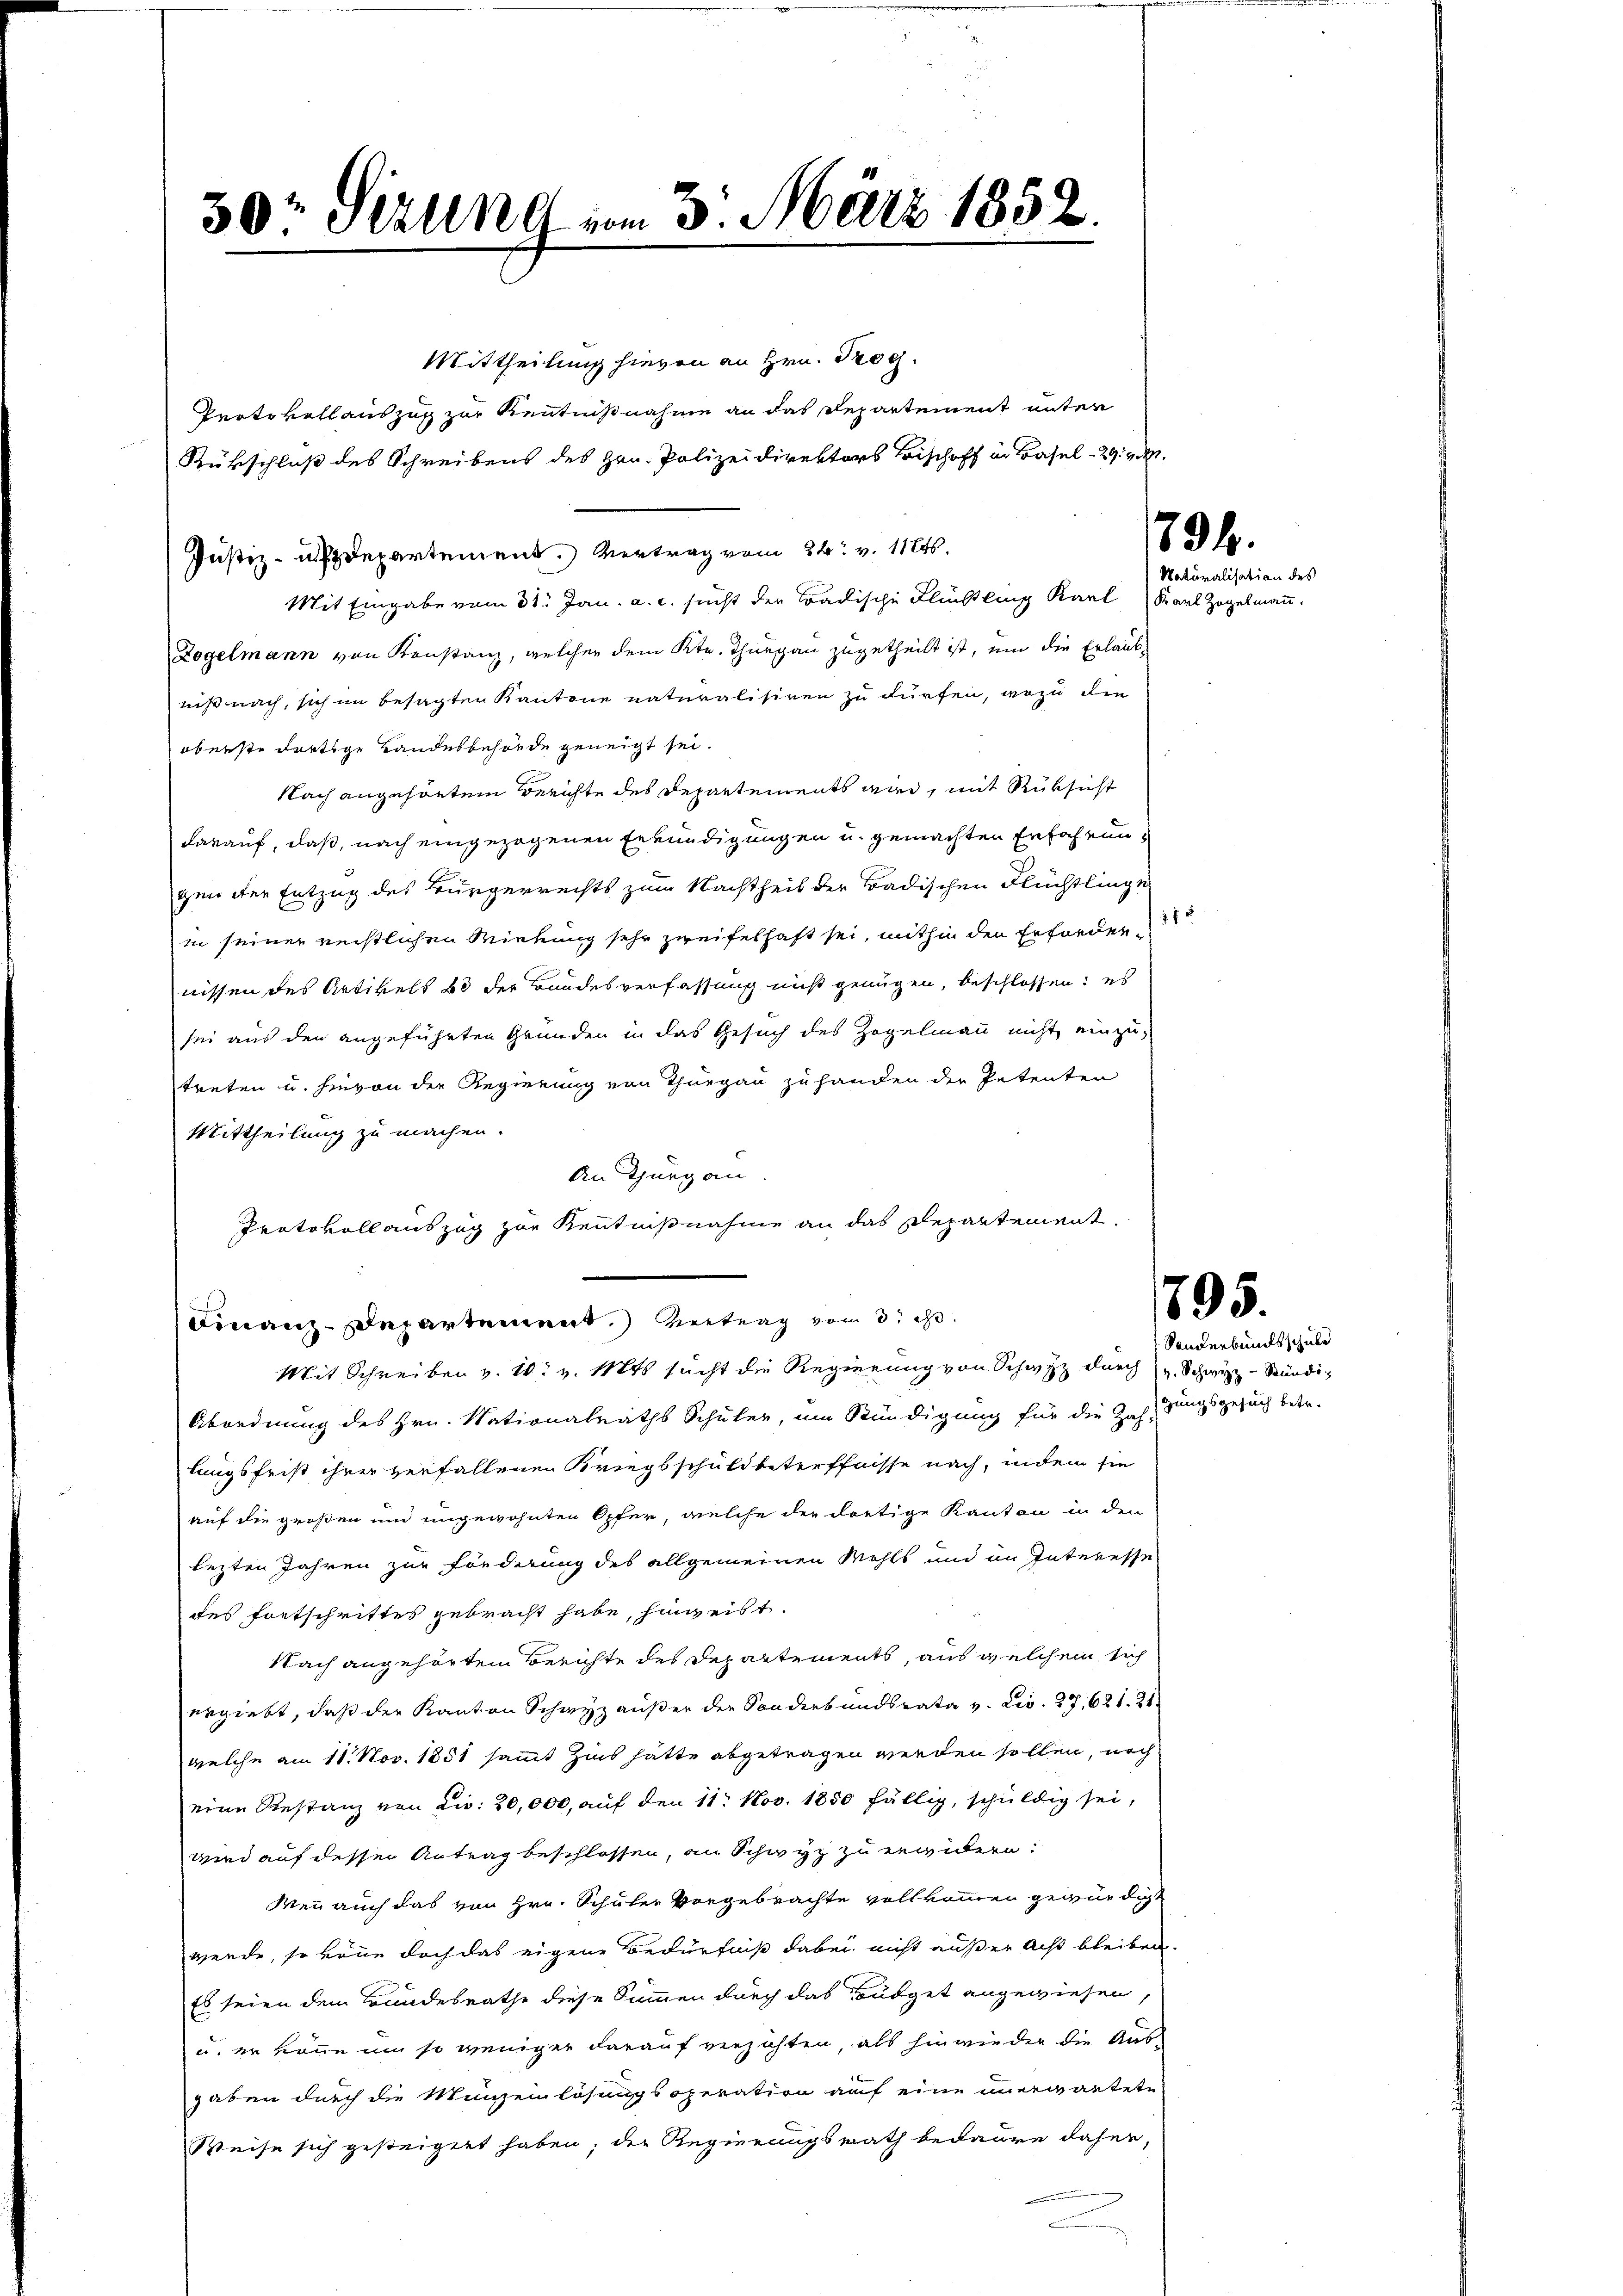
30r Jerung vom 3. März 1852.

Mittheilung hievon an Hrn. Prog
Protokollauszug zur Kenntnißnahme an das Departement unter
Rükschluß des Schreibens des Hrn. Polizeidirektors Bischoff in Basel 29. v. M.
Justiz- undepartement. Vertrag vom 24. v. 11246.
Mit Eingabe vom 31. Jan. a. c. sucht der Badische Flüchtling Karl
Zogelmann von Konstanz, welcher dem Kt. Thurgau zugetheilt ist, um die Erlaubniß nach, sich im besagten Kantone naturalisiren zu dürfen, wozu die
oberste dortige Landesbehörde geneigt sei.
Nach angehörtem Berichte des Departements wird, mit Rüksicht
darauf, daß, nach eingezogenen Erkundigungen u. gemachten Erfahrungen der Entzug des Bürgerrechts zum Nachtheil der Badischen Flüchtlinge
in seiner rechtlichen Wirkung sehr zweifelhaft sei, mithin den Erforder
nissen des Artikels 60 der Bundesverfassung nicht genügen, beschlossen: es
sei aus den angeführten Gründen in das Gesuch des Zogelmann nicht einzutreten u. hievon der Regierung von Thurgau zu handen der Petenten
Mittheilung zu machen.
An Thurg an
Protokoll auszug zur Kenntnißnahme an das Departement,
Finanz-Departement. Vertrag vom 3. d.
Mit Schreiben v. 10. v. Mts. sucht die Regierung von Schwyz durch v. Schwyz-Stündig
Abordnung des Hrn. Nationalraths Schüler, um Stündigung für die Zah, zungsgesuch betr.
lungsfrist ihrer verfallenen Kriegsschuldbetreffnisse nach, indem sie
auf die großen und ungewohnten Opfer, welche der dortige Kanton in den
lezten Jahren zur Förderung des allgemeinen Wohls und im Interesse
des Fontschrittes gebracht habe, hingeist.
Nach angehörtem Berichte des Departements, aus welchem sich
ergiebt, daß der Kanton Schwyz außer der Sonderbundsrata v. Civ. 27,621. 21
welche am 11. Nov. 1851 sammt Zins hätte abgetragen werden sollen, noch
eine Restanz von ca. 20,000, auf den 11. Nov. 1850 fällig, schuldig sei,
wird auf dessen Antrag beschlossen, an Schwyz zu erwidern:
Wenn auch das von Hrn. Schüler vorgebrachte vollkommen gewürdigt
werde, so könne doch das eigene Bedürfniß dabei nicht außer Acht bleiben.
Es seien dem Bundesrathe diese Summen durch das Büdget angewiesen,
u. er könne um so weniger darauf verzichten, als hinwieder die Aus-
gaben durch die Münzenlösungsoperation auf eine unerwartete
Weise sich gesteigert haben; der Regierungsrath bedaure daher,
2

2

794.
Naturalisation des

Karl Zogelmann.

895.

Sonderbundsschule